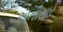
અતીસાર